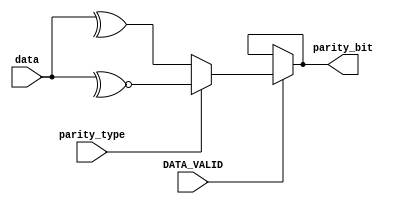
module parity_check #(parameter data_width=8)
(
input [data_width-1:0] data,
input DATA_VALID,
input parity_type,
output parity_bit
    );
//wire [data_width-1:0] temp;
//assign temp=(DATA_VALID==1)?data:temp;    
assign parity_bit=(DATA_VALID)?((parity_type==0)?(^data):(~^data)):parity_bit;    
    
    
endmodule